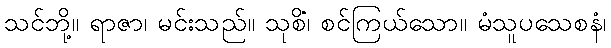
သင်ဘို့။ ရာဇာ၊ မင်းသည်။ သုစိံ၊ စင်ကြယ်သော။ မံသူပသေစနံ၊